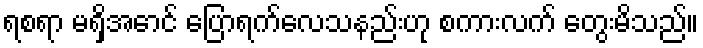
ရစရာ မရှိအောင် ပြောရက်လေသနည်းဟု စကားလက် တွေးမိသည်။